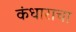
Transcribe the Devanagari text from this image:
कंधाराचा